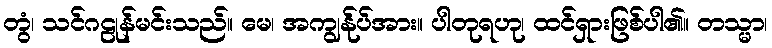
တွံ၊ သင်ဂဠုန်မင်းသည်။ မေ၊ အကျွန်ုပ်အား။ ပါတုရဟု၊ ထင်ရှားဖြစ်ပါ၏။ တသ္မာ၊